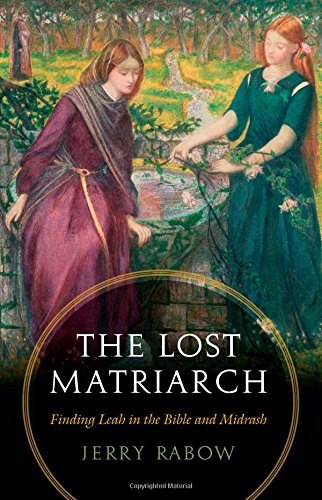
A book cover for The Lost Matriarch: Finding Leah in the Bible and Midrash; Jerry Rabow; Religion & Spirituality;